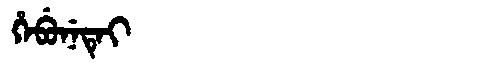
Manchu: ᡥᡝᠪᡠᠨᡝᡨᡝᡳ
Romanization: HEBUNETEI